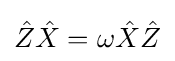
{\hat {Z}}{\hat {X}}=\omega {\hat {X}}{\hat {Z}}